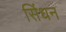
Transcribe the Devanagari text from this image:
सिंधन